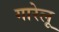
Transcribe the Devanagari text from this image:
गारेलू